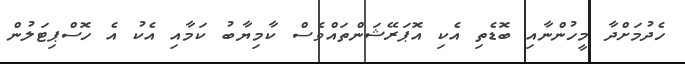
ހެދުމަށްދާ މީހުންނާއި ބޮޑެތި އެކި އޮޕަރޭޝަންތައްވެސް ކާމިޔާބު ކަމާއި އެކު އެ ހޮސްޕިޓަލުން